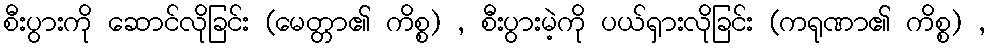
စီးပွားကို ဆောင်လိုခြင်း (မေတ္တာ၏ ကိစ္စ) , စီးပွားမဲ့ကို ပယ်ရှားလိုခြင်း (ကရုဏာ၏ ကိစ္စ) ,